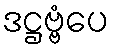
ဒဋ္ဌဗ္ဗံပေ